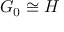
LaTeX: G _ { 0 } \cong H